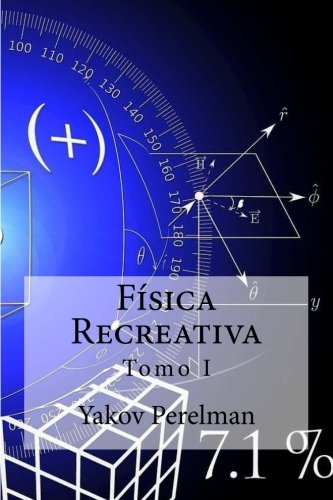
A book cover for Fisica Recreativa: Tomo I (Spanish Edition); Yakov Perelman; Science & Math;